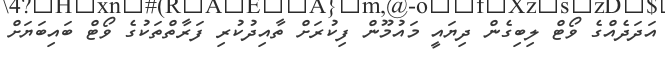
އަދަދެއްގެ ވޯޓް ލިބިގެން ދިޔައީ މައުމޫން ފިކުރަށް ތާއިދުކުރި ފަރާތްތަކުގެ ވޯޓް ބައިބަޔަށް